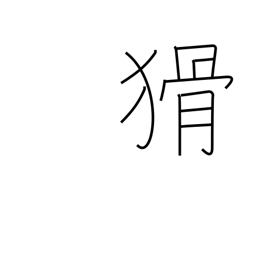
Meaning: crafty